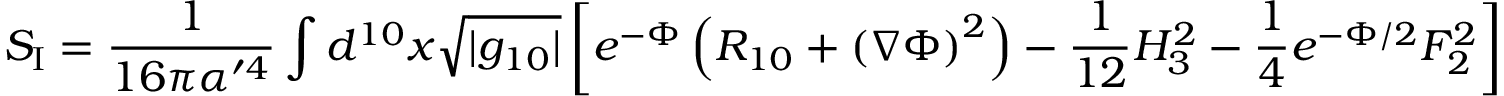
S _ { \mathrm { I } } = \frac { 1 } { 1 6 \pi \alpha ^ { \prime 4 } } \int d ^ { 1 0 } x \sqrt { | g _ { 1 0 } | } \left[ e ^ { - \Phi } \left( R _ { 1 0 } + \left( \nabla \Phi \right) ^ { 2 } \right) - \frac { 1 } { 1 2 } H _ { 3 } ^ { 2 } - \frac { 1 } { 4 } e ^ { - \Phi / 2 } F _ { 2 } ^ { 2 } \right]